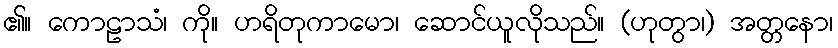
၏။ ကောဠာသံ၊ ကို။ ဟရိတုကာမော၊ ဆောင်ယူလိုသည်။ (ဟုတွာ၊) အတ္တနော၊